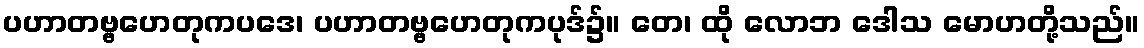
ပဟာတဗ္ဗဟေတုကပဒေ၊ ပဟာတဗ္ဗဟေတုကပုဒ်၌။ တေ၊ ထို လောဘ ဒေါသ မောဟတို့သည်။